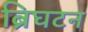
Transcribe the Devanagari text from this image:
ब्रिघटन